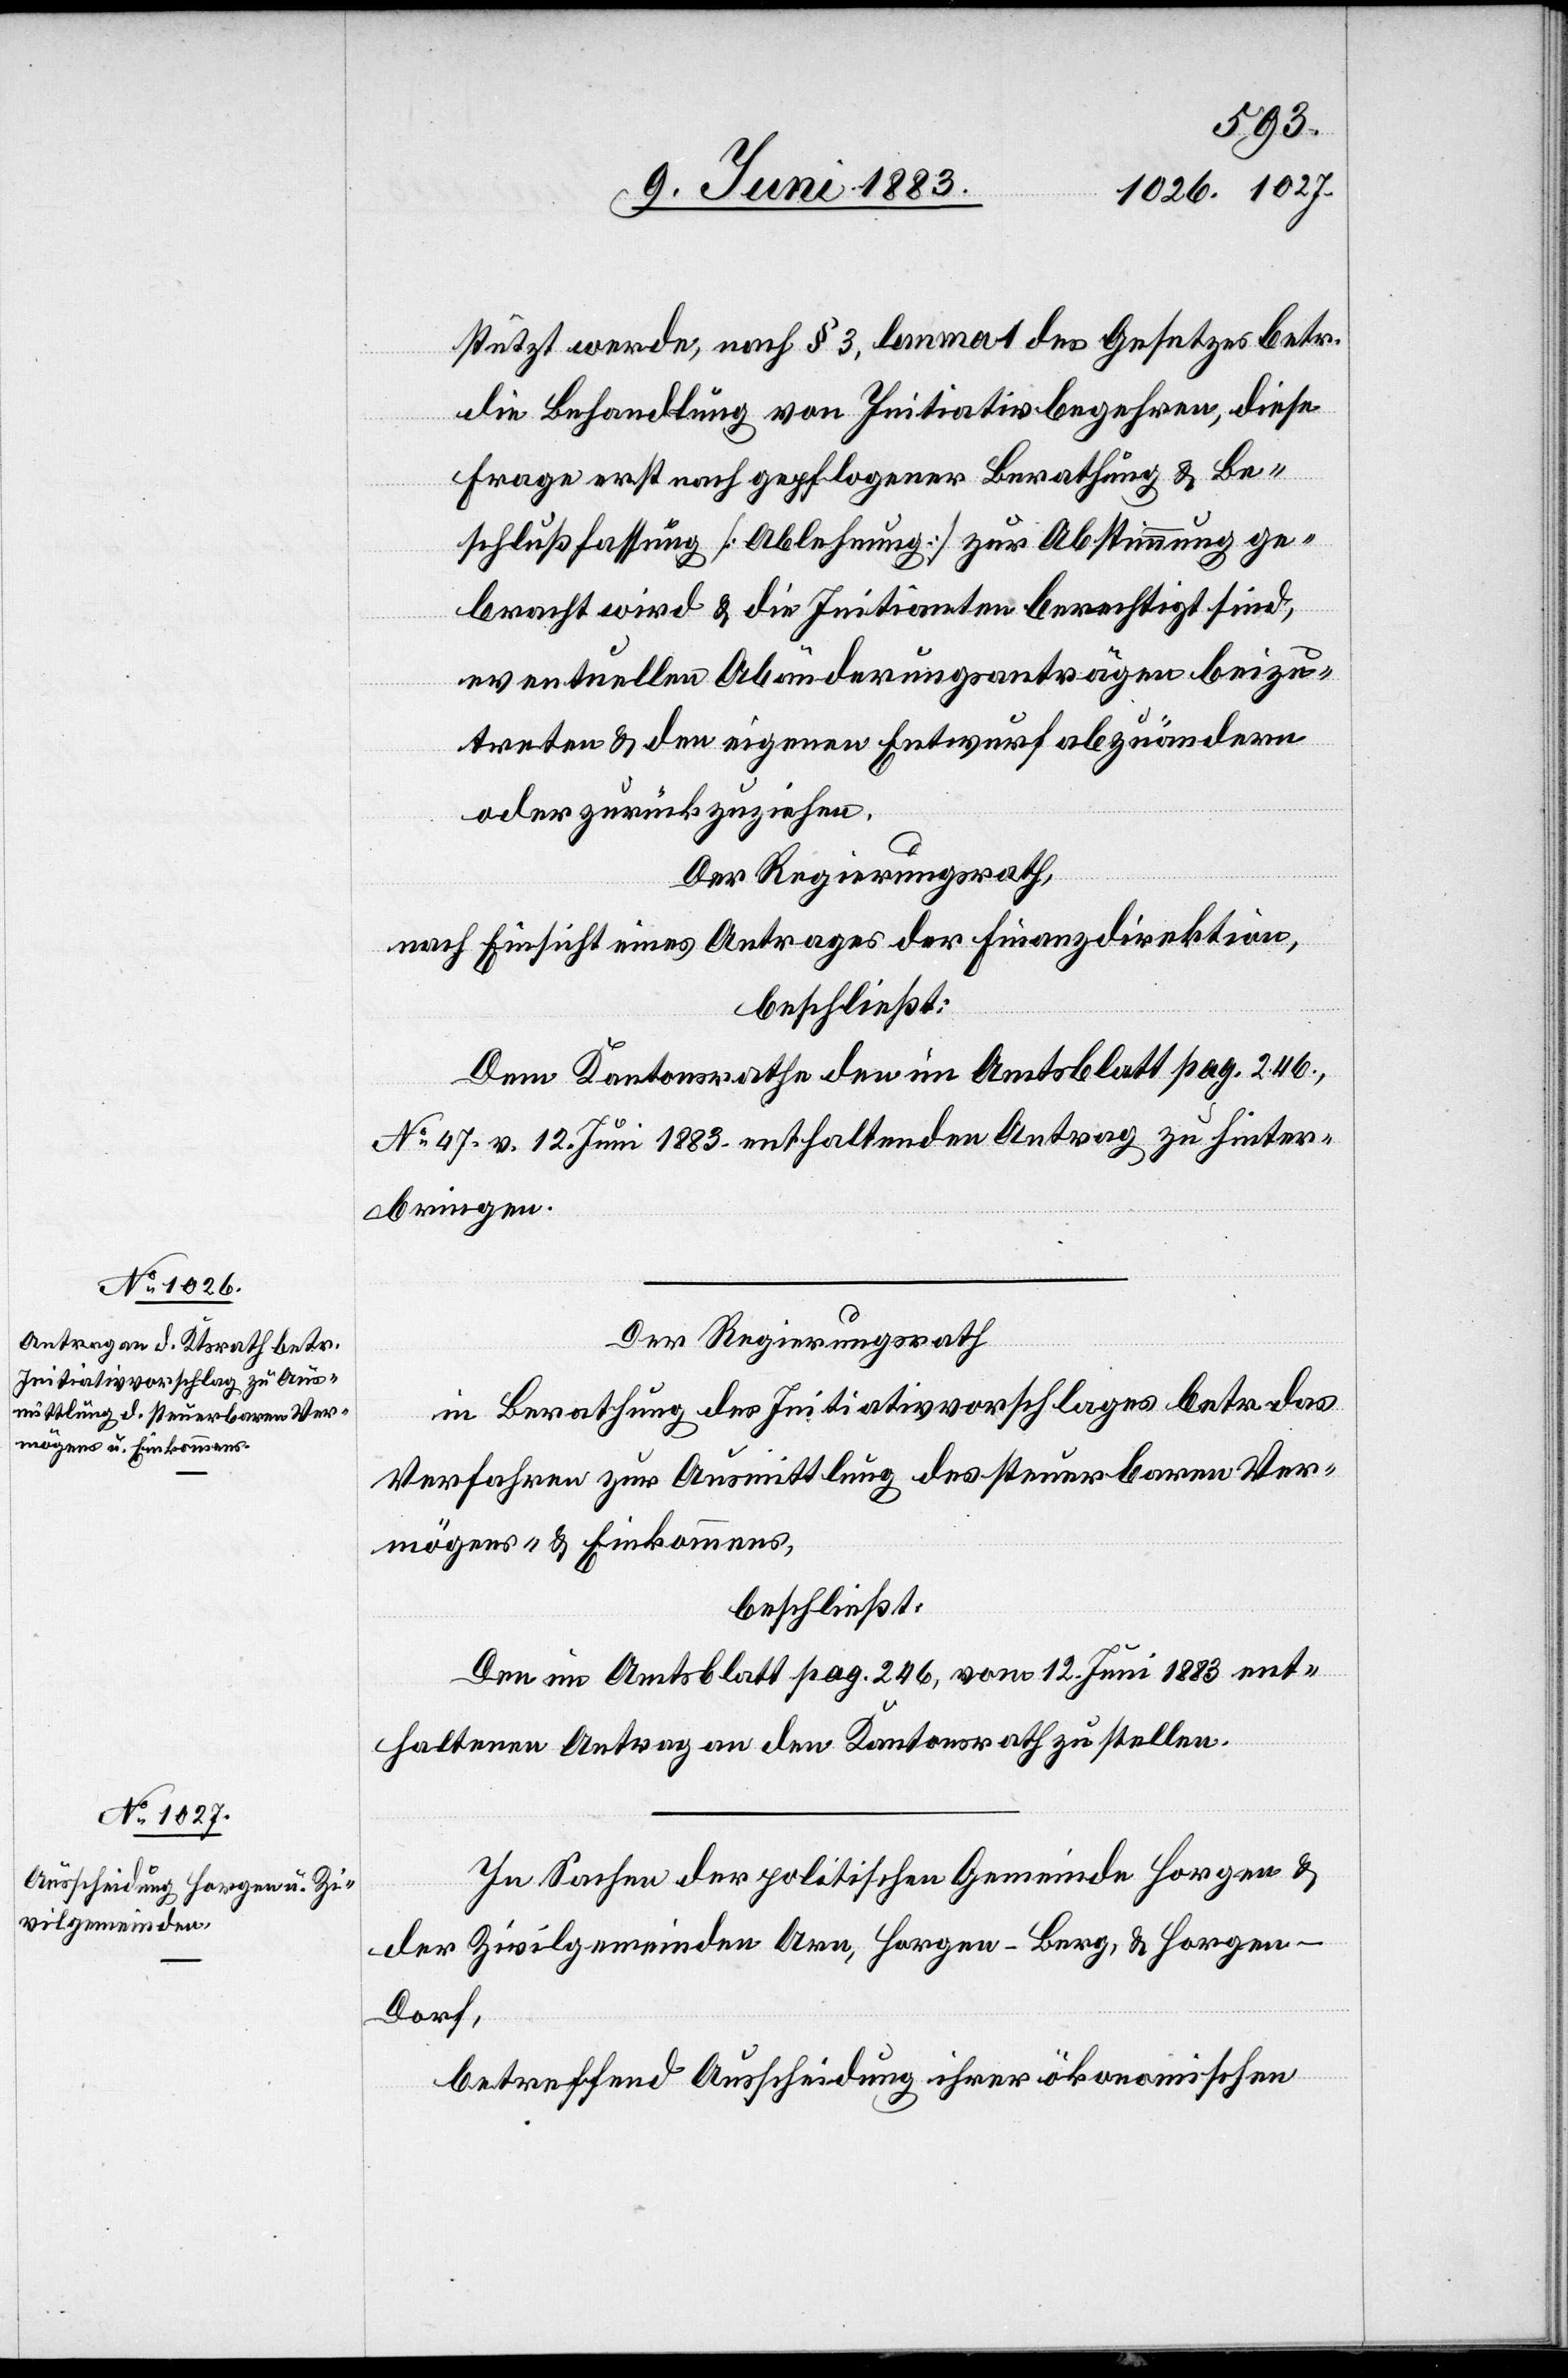
stützt werde, nach § 3, lemma 1 des Gesetzes betr.
die Behandlung von Initiativbegehren, diese
Frage erst nach gepflogener Berathung & Be¬
schlußfassung [Ablehnung] zur Abstimmung ge¬
bracht wird & die Initianten berechtigt sind,
eventuellen Abänderungsanträgen beizu¬
treten & den eigenen Entwurf abzuändern
oder zurückzuziehen.
Der Regierungsrath,
nach Einsicht eines Antrages der Finanzdirektion,
beschließt:
Dem Kantonsrathe den im Amtsblatt pag. 246,
No 47 v. 12. Juni 1883 enthaltenden Antrag zu hinter¬
bringen.
Der Regierungsrath
in Berathung des Initiativvorschlages betr. das
Verfahren zur Ausmittlung des steuerbaren Ver¬
mögens- [sic!] & Einkommens,
beschließt:
Den im Amtsblatt pag. 246, vom 12. Juni 1883 ent¬
haltenen Antrag an den Kantonsrath zu stellen.
In Sachen der politischen Gemeinde Horgen &
der Zivilgemeinden Arn, Horgen - Berg, & Horgen
Dorf,
betreffend Ausscheidung ihrer ökonomischen